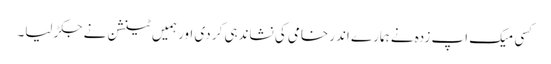
کسی میک اپ زدہ نے ہمارے اندر خامی کی نشاندہی کر دی اور ہمیں ٹینشن نے جکڑ لیا۔